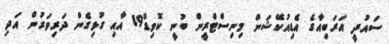
ސައުދީ އަރަބިއާގެ އެޑިއުކޭޝަން މިނިސްޓްރީން ބުނީ ކޮވިޑް19 އާއި ގުޅިގެން ދަރިވަރުން އަދި